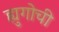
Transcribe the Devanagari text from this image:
ह्युगोची